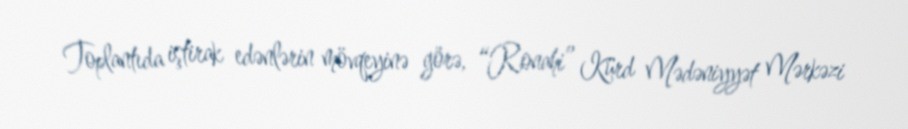
Toplantıda iştirak edənlərin mövqeyinə görə, “Ronahi” Kürd Mədəniyyət Mərkəzi